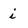
Character: i